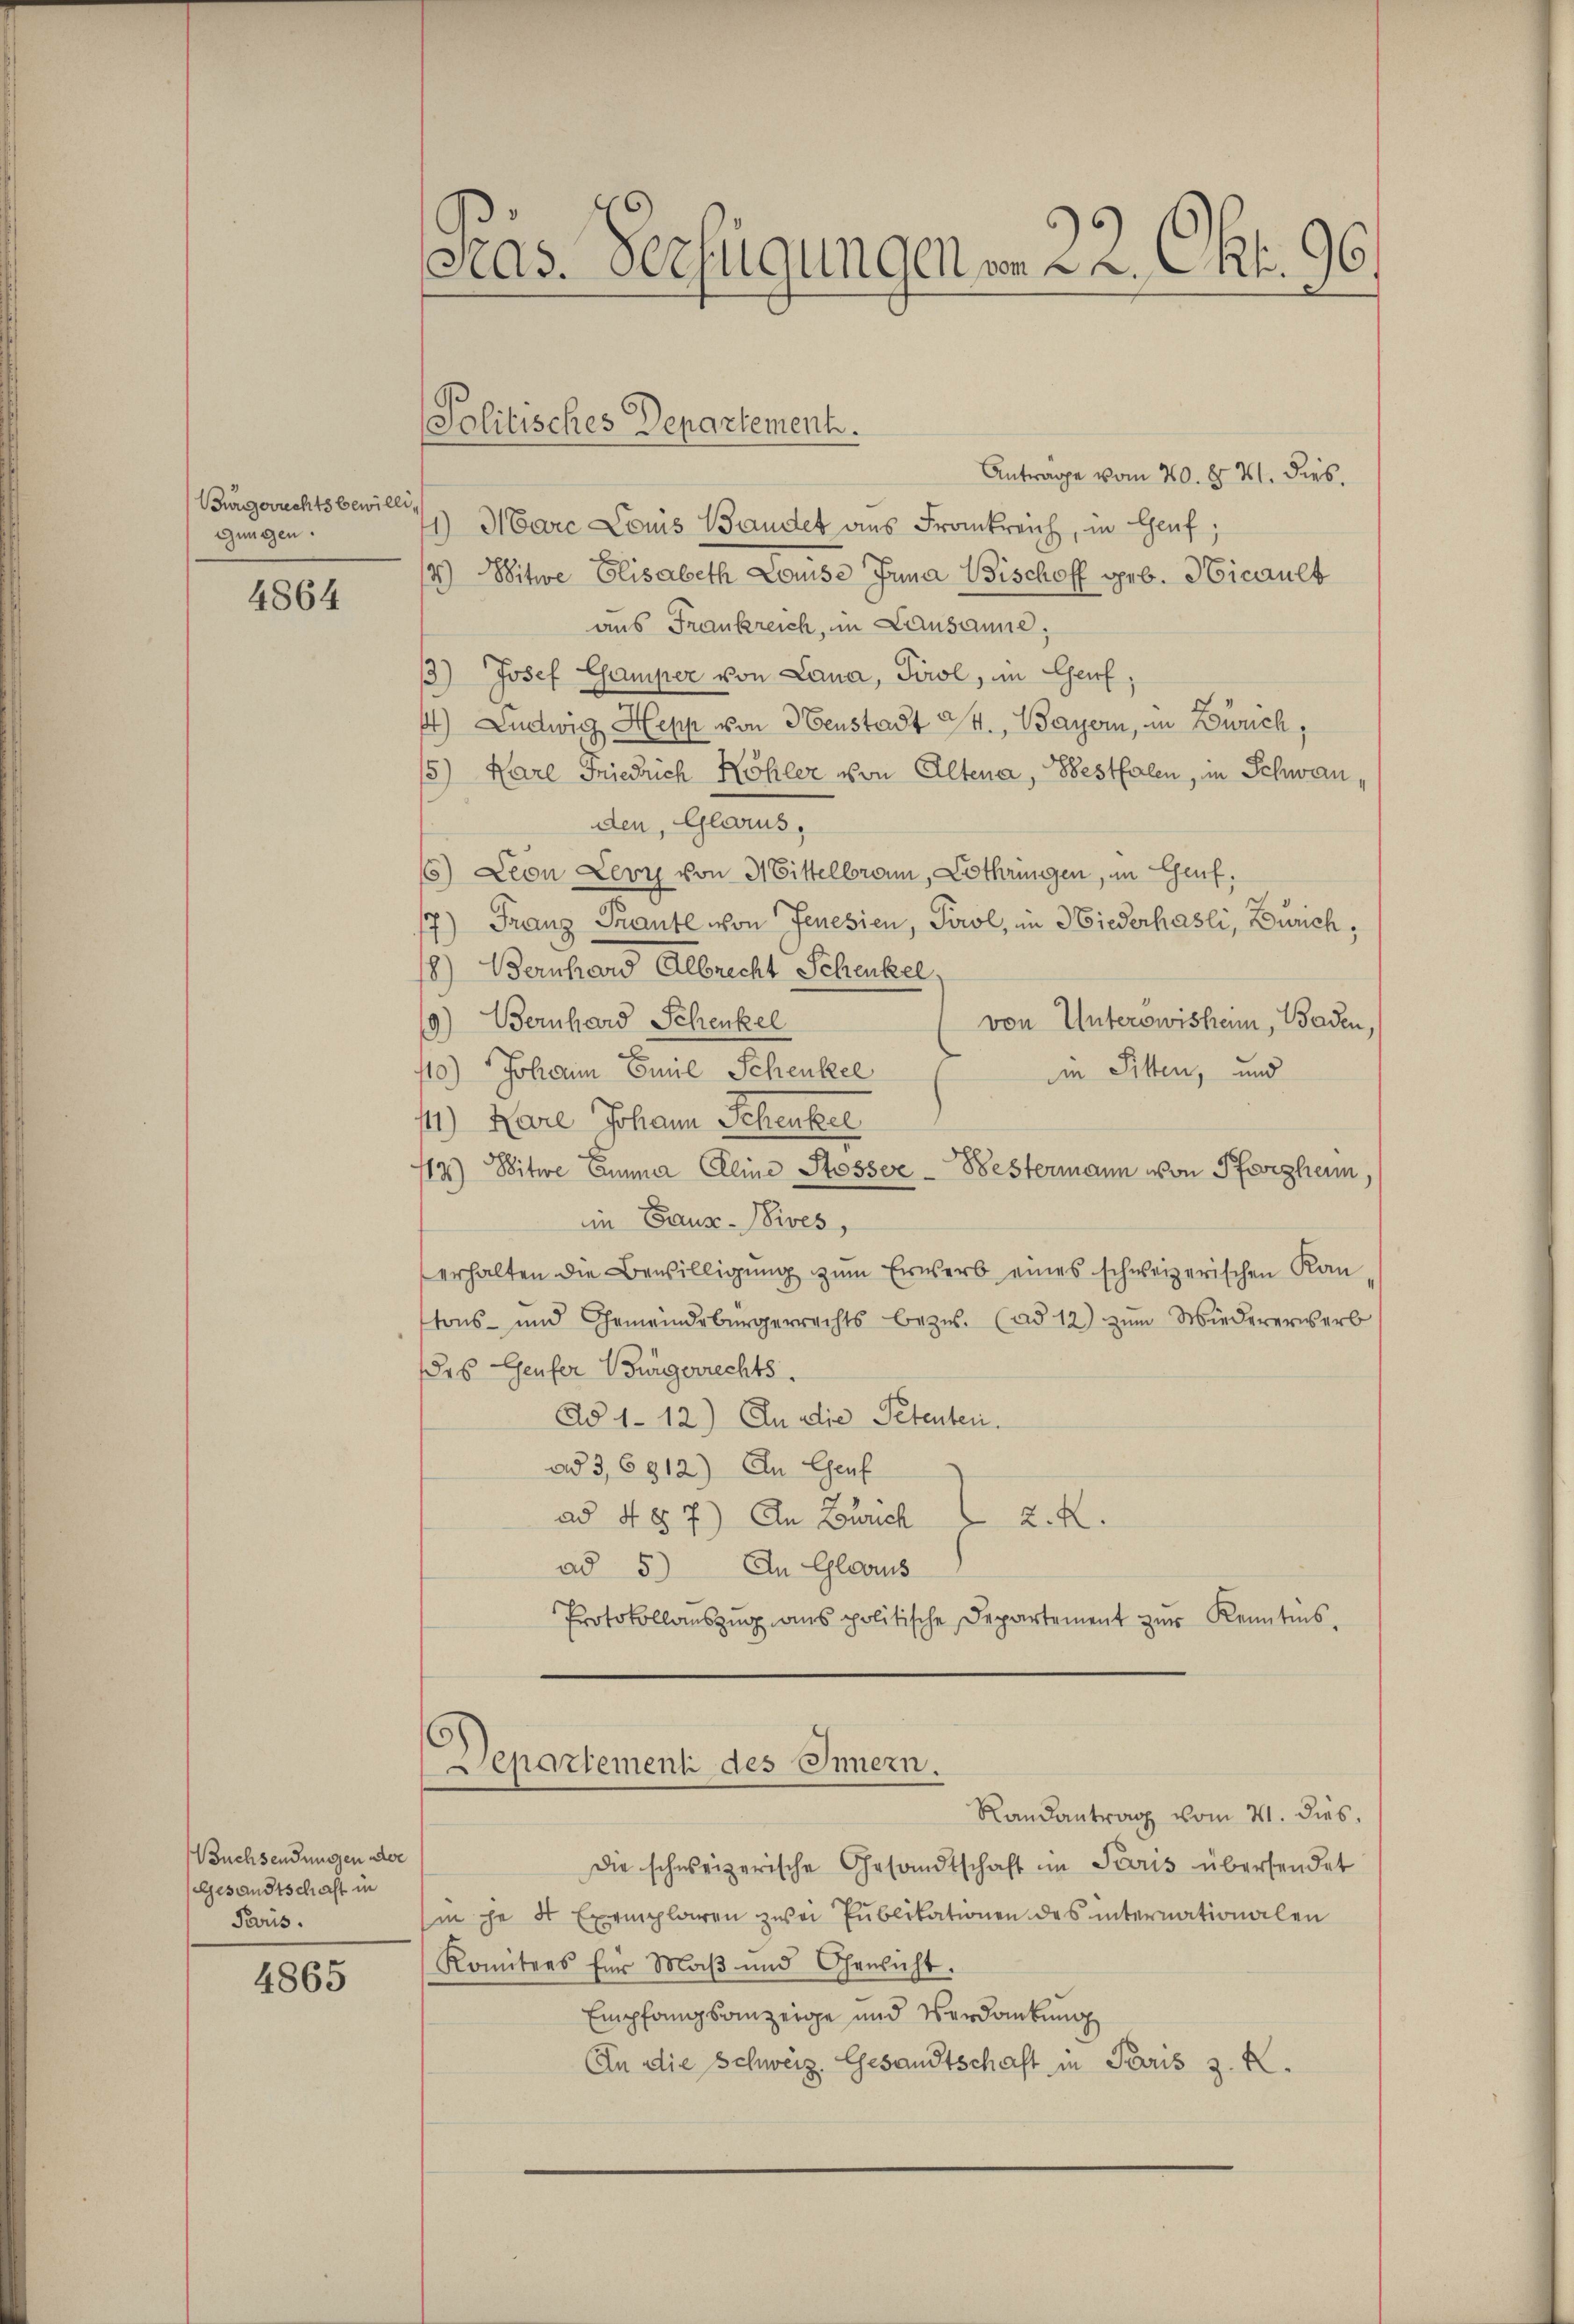
Bürgerrechtsbewilli,
gungen.

4864

Buchsendungen der
Gesandtschaft in
Paris.

4865

Präs. Verfügungen vom 22. Okt. 96.

Politisches Departement.

Anträge vom 20. d. 21. dies.
1) Marc Louis Bandet aus Frankreich, in Genf;
4.) Witwe Elisabeth Louise Inna Bischoff geb. Hicault
aus Frankreich, in Lausanne,
3) Josef Gamper von Lana, Tirol, im Genf,
) Ludwig Hepp von Henstadt St. Bayern, in Zürich,
15) Kare Friedrich Köhler von Altena, Besthalen, in Schwanden, Glarus,
6) Leon Levy von 31 Bittelbran, Lothringen, in Genf,
7) Franz Traute von Jenesien, Tirol, in Niederhasli, Zürich,
8) Bernhard Albrecht Schenkel
9) Bernhard Schenkel
von Unterswisheim, Baden,
110) Johann Emil Schenkel
die Sitten, und
41) Karl Johann Schenker
135) Witwe Emma Elline Stosser Bestermann von Pforzheim,
in Gaus-Vives,
erhalten die Bewilligung zum Erwerb eines schweizerischen Kan
tons- und Gemeindebürgerrechts bezŭ. (ad 12) zŭm Wiedererwerb
des Genfer Bürgerrechts.
Ad 1-12.) An die Petenten.
ad 3,6912) In Genf
ad 4 § 7) An Zürich 2. X.
ad 5.) In Glarus
Protokollaŭszŭg ans politische Departement zŭr Kenntnis-
Departementi des Innern.
Randantrag vom 21. dies,
Die schweizerische Gesandtschaft im Paris übersendet
in je 4 Exemplaren zwei Publikationen des internationalen
Komitees für Maβ und Oenicht.
Empfangsanzeige und Verdankung
An die Schweiz. Gesandtschaft in Paris z. K.